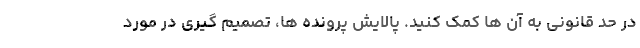
در حد قانونی به آن ها کمک کنید. پالایش پرونده ها، تصمیم گیری در مورد